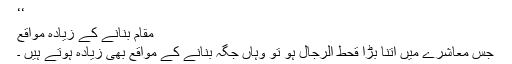
‘‘
مقام بنانے کے زیادہ مواقع
جس معاشرے میں اتنا بڑا قحط الرجال ہو تو وہاں جگہ بنانے کے مواقع بھی زیادہ ہوتے ہیں ۔